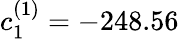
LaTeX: c_{1}^{(1)}=-248.56